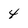
Character: 4